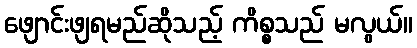
ဖျောင်းဖျရမည်ဆိုသည့် ကိစ္စသည် မလွယ်။